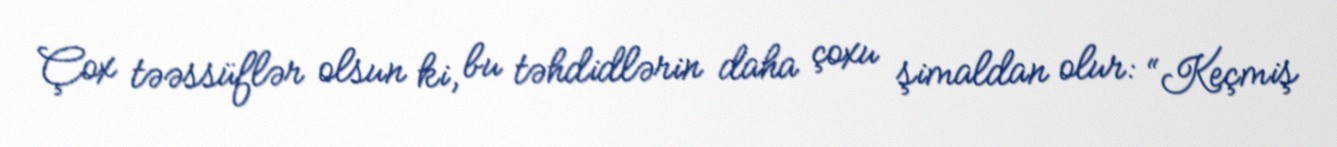
Çox təəssüflər olsun ki, bu təhdidlərin daha çoxu şimaldan olur: “Keçmiş